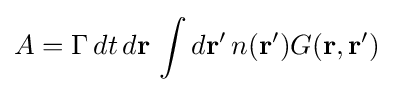
A=\Gamma \,dt\,d\mathbf {r} \,\int d\mathbf {r} '\,n(\mathbf {r} ')G(\mathbf {r} ,\mathbf {r} ')